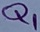
Text: Q1